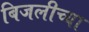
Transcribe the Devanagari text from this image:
बिजलीच्या